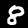
Digit: 8